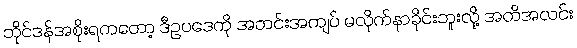
ဘိုင်ဒန်အစိုးရကတော့ ဒီဥပဒေကို အတင်းအကျပ် မလိုက်နာခိုင်းဘူးလို့ အတိအလင်း